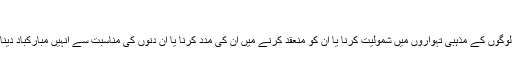
‘‘
لہذا گمراہ لوگوں کے مذہبی تہواروں میں شمولیت کرنا یا ان کو منعقد کرنے میں ان کی مدد کرنا یا ان دنوں کی مناسبت سے انہیں مبارکباد دینا حرام ہے۔